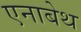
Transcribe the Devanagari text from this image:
एनाबेथ